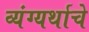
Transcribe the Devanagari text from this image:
व्यंग्यर्थाचे